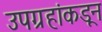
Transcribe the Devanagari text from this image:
उपग्रहांकडून